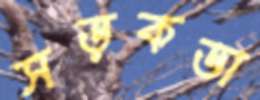
সড়কডা